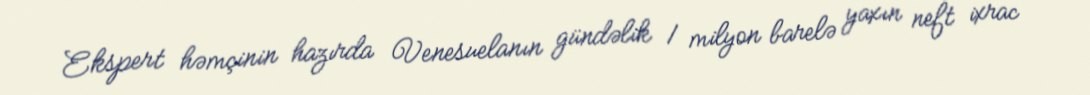
Ekspert həmçinin hazırda Venesuelanın gündəlik 1 milyon barelə yaxın neft ixrac